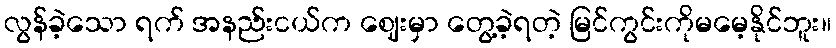
လွန်ခဲ့သော ရက် အနည်းငယ်က ဈေးမှာ တွေ့ခဲ့ရတဲ့ မြင်ကွင်းကိုမမေ့နိုင်ဘူး။